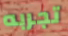
تجربه